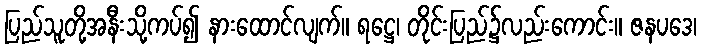
ပြည်သူတို့အနီးသို့ကပ်၍ နားထောင်လျက်။ ရဋ္ဌေ၊ တိုင်းပြည်၌လည်းကောင်း။ ဇနပဒေ၊